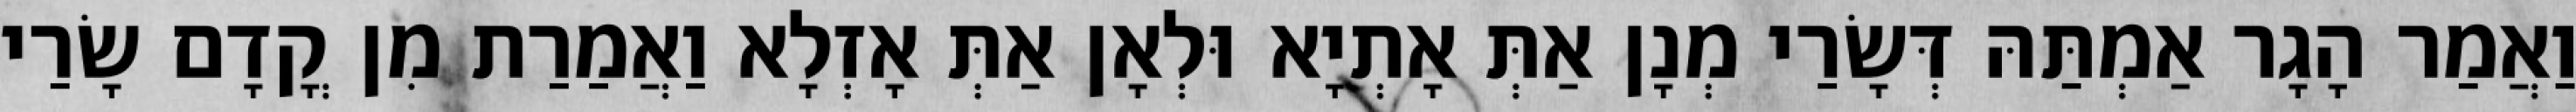
וַאֲמַר הָגָר אַמְתַּהּ דְּשָׂרַי מְנָן אַתְּ אָתְיָא וּלְאָן אַתְּ אָזְלָא וַאֲמַרַת מִן קֳדָם שָׂרַי